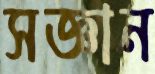
সজ্ঞান